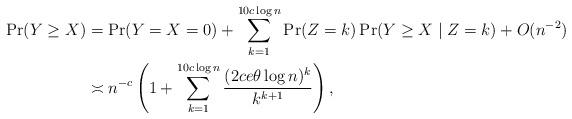
LaTeX: \begin{align*}\Pr(Y \geq X) &= \Pr(Y = X = 0) + \sum_{k=1}^{10 c \log n} \Pr(Z = k) \Pr(Y \geq X \mid Z = k) +O(n^{-2}) \\& \asymp n^{-c} \left( 1+ \sum_{k=1}^{10 c \log n} \frac{(2 c e \theta \log n)^k}{k^{k+1}} \right),\end{align*}